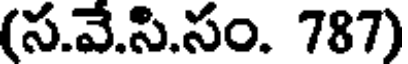
(స.వే.సి.సం. 787)